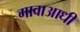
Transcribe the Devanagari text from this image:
गावाआधी